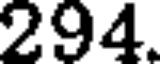
294.